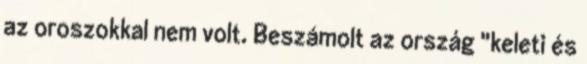
az oroszokkal nem volt. Beszámolt az ország "keleti és